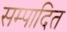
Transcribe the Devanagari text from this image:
सम्‍पादित